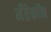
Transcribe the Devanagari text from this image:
मँतेकॉन